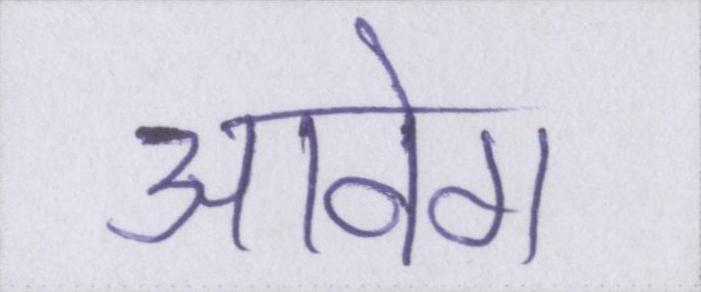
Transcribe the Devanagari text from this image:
आवेग